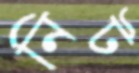
নিট